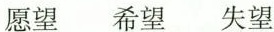
愿望 希望 失望